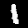
Digit: 1